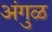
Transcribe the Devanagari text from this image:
अंगुळ